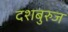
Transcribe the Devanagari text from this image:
दशबुरुज